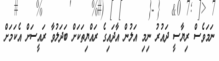
ނަމަވެސް ރިޔާސީ ދައުުރު ނިމި އަލުން އާދައިގެ ރައްޔިތަކަށް ބަދަލުވާ ރައީސަށް އެކަމަށް